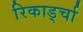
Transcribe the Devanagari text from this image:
रिकार्ड्चा